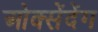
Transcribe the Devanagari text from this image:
ओक्सेंदेंग